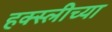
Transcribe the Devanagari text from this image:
हक्स्लीच्या